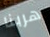
هربنا